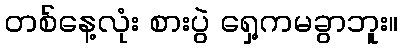
တစ်နေ့လုံး စားပွဲ ရှေ့ကမခွာဘူး။